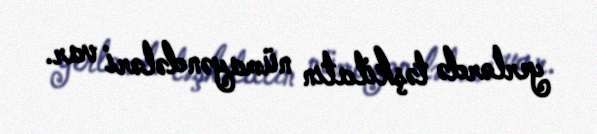
yerlərdə təşkilatın nümayəndələri var.